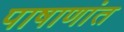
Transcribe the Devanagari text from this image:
पाषाणांत